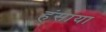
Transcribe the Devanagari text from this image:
हंसाया